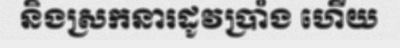
និងស្រកនារដូវប្រាំង ហើយ